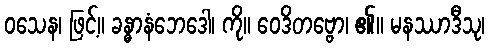
ဝသေန၊ ဖြင့်။ ခန္ဓာနံဘေဒေါ၊ ကို။ ဝေဒိတဗ္ဗော၊ ၏။ မနဿာဒီသု၊